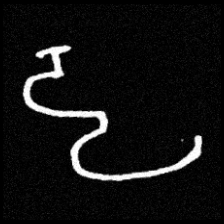
Pyu character \u2014 Myanmar letter: ဠ (romanized: lla)